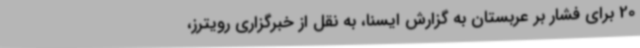
20 برای فشار بر عربستان به گزارش ایسنا، به نقل از خبرگزاری رویترز،